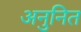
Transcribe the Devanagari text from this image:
अनुनित